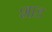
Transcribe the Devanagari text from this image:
शाड